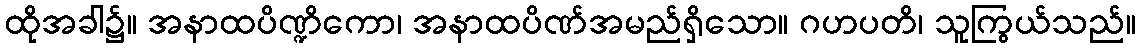
ထိုအခါ၌။ အနာထပိဏ္ဍိကော၊ အနာထပိဏ်အမည်ရှိသော။ ဂဟပတိ၊ သူကြွယ်သည်။